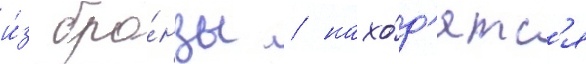
и́з бро́нзы / нахо́д'ятс'я